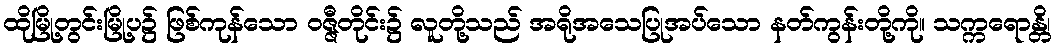
ထိုမြို့တွင်းမြို့ပ၌ ဖြစ်ကုန်သော ဝဇ္ဇီတိုင်း၌ လူတို့သည် အရိုအသေပြုအပ်သော နတ်ကွန်းတို့ကို။ သက္ကရောန္တိ၊